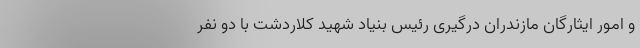
و امور ایثارگان مازندران درگیری رئیس بنیاد شهید کلاردشت با دو نفر